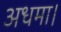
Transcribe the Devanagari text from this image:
अधमा।